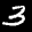
Label: 3